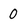
Character: 0